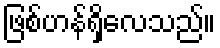
ဖြစ်ဟန်ရှိလေသည်။